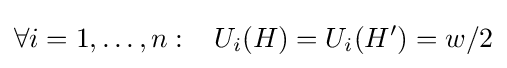
\forall i=1,\ldots ,n:\,\,\,\,\,U_{i}(H)=U_{i}(H')=w/2